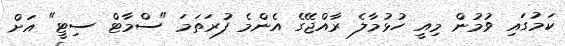
ކަމުގައި ވުމުން މިއީ ހުޅުމާލެ ރާއްޖޭގެ އެންމެ ފުރަތަމަ "ސްމާޓް ސިޓީ" އަށް